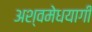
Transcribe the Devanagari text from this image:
अश्वमेधयागी